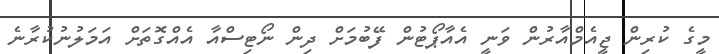
މީގެ ކުރިން ޖީއެމްއާރުން ވަނީ އެއާޕޯޓުން ފޭބުމަށް ދިން ނޯޓިސްއާ އެއްގޮތަށް އަމަލުނުކުރާނެ